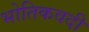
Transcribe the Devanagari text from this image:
भोतिकवदी